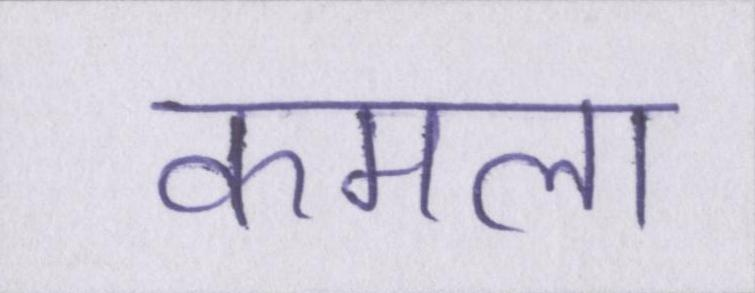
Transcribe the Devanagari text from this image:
कमला